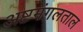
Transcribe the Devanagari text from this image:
अष्टमंगलताल